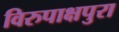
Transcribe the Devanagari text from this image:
विरुपाक्षपुरा